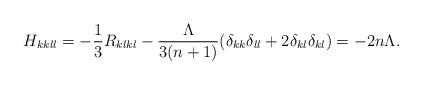
LaTeX: \begin{align*}H_{kkll} &= - \frac{1}{3} R_{klkl} - \frac{\Lambda}{3(n+1)} (\delta_{kk} \delta_{ll} + 2 \delta_{kl} \delta_{kl})= - 2n \Lambda.\end{align*}